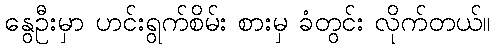
နွေဦးမှာ ဟင်းရွက်စိမ်း စားမှ ခံတွင်း လိုက်တယ်။